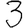
Digit: 3